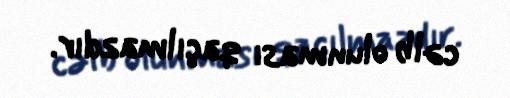
cəlb olunması qaçılmazdır.